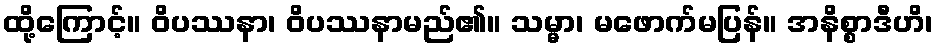
ထို့ကြောင့်။ ဝိပဿနာ၊ ဝိပဿနာမည်၏။ သမ္မာ၊ မဖောက်မပြန်။ အနိစ္စာဒီဟိ၊